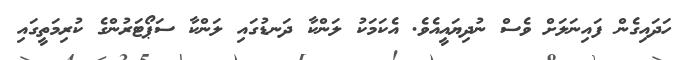
ހަދައިގެން ފައިނަލަށް ވެސް ނުދިޔައީއެވެ. އެކަމަކު ލަންކާ ދަނޑުގައި ލަންކާ ސަޕޯޓަރުންގެ ކުރިމަތީގައި